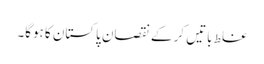
غلط باتیں کر کے نقصان پاکستان کا ہوگا۔